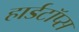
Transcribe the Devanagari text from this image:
हार्डटॉप्स